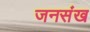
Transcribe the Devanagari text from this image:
जनसंख